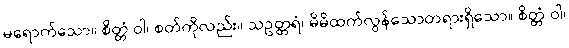
မရောက်သော။ စိတ္တံ ဝါ၊ စတ်ကိုလည်း။ သဥတ္တရံ၊ မိမိထက်လွန်သောတရားရှိသော။ စိတ္တံ ဝါ၊